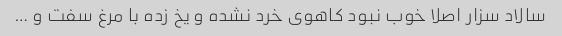
سالاد سزار اصلا خوب نبود کاهوی خرد نشده و یخ زده با مرغ سفت و …